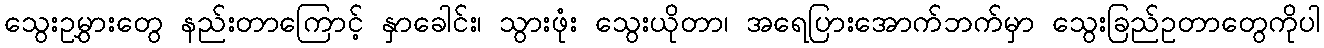
သွေးဥမွှားတွေ နည်းတာကြောင့် နှာခေါင်း၊ သွားဖုံး သွေးယိုတာ၊ အရေပြားအောက်ဘက်မှာ သွေးခြည်ဥတာတွေကိုပါ